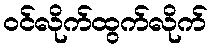
ဝင်လိုက်ထွက်လိုက်